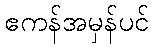
ဧကန်အမှန်ပင်